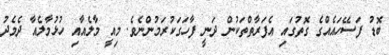
ބޮޑު ފަސޭހައެއްގެ ގޮތުގައި އެފަރާތްތަކުން ދަނީ ފާހަގަކުރަމުންނެވެ. މިއީ މާލެއާއި ހުޅުމާލެއާ ދެމެދު